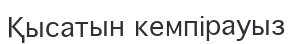
Қысатын кемпірауыз